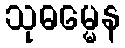
သုဓမ္မေန